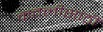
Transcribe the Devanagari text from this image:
कत्तलीसाठी